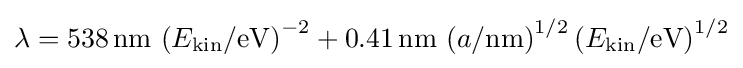
\lambda =538\,{\text{nm}}\,\left(E_{\text{kin}}/{\text{eV}}\right)^{-2}+0.41\,{\text{nm}}\,\left(a/{\text{nm}}\right)^{1/2}\left(E_{\text{kin}}/{\text{eV}}\right)^{1/2}